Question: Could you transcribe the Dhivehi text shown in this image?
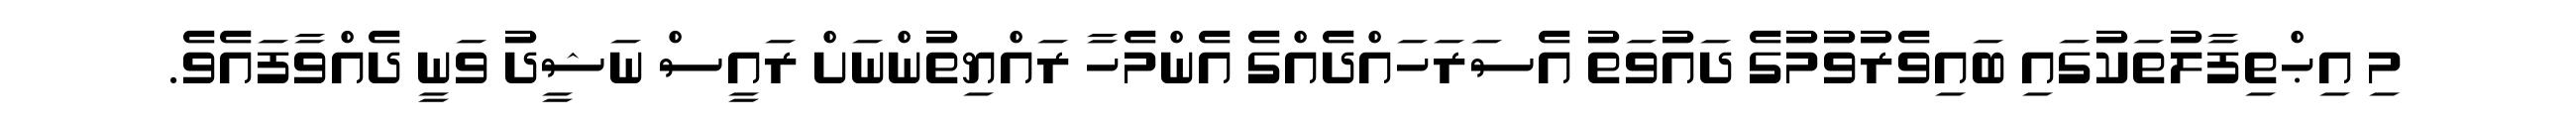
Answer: މި އިޙްތިފާލުތަކުގައި ބައިވެރުވުމުގެ ދައުވަތު އެސަރަހައްދެއްގެ އެންމެހާ ރައްޔިތުންނަށް ރައީސް ނަޝީދު ވަނީ ދެއްވާފައެވެ.